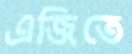
এজিতে